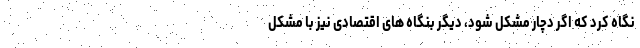
نگاه کرد که اگر دچار مشکل شود، دیگر بنگاه های اقتصادی نیز با مشکل